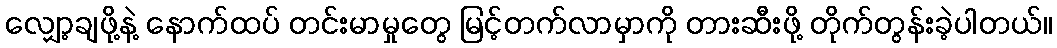
လျှော့ချဖို့နဲ့ နောက်ထပ် တင်းမာမှုတွေ မြင့်တက်လာမှာကို တားဆီးဖို့ တိုက်တွန်းခဲ့ပါတယ်။